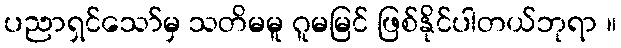
ပညာရှင်သော်မှ သတိမမူ ဂူမမြင် ဖြစ်နိုင်ပါတယ်ဘုရာ ။